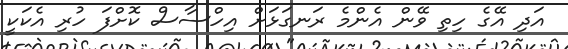
އަދި އޭގެ ހިތި ވޭން އެންމެ ރަނގަޅަށް އިހްސާސް ކޮށްފަ ހުރި އެކަކީ